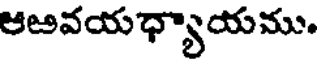
ఆఱవయధ్యాయము.